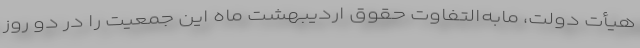
هیأت‌ دولت، مابه‌التفاوت حقوق اردیبهشت ماه این جمعیت را در دو روز